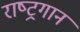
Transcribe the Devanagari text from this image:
राष्‍ट्रगान